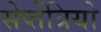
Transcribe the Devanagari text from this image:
सेप्तेंत्रियो